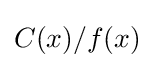
C(x)/f(x)